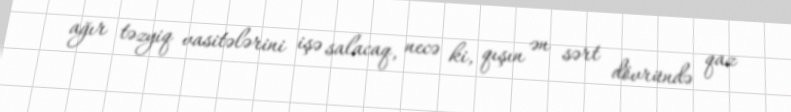
ağır təzyiq vasitələrini işə salacaq, necə ki, qışın ən sərt dövründə qaz